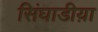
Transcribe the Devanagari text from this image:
सिंघाडीय़ा